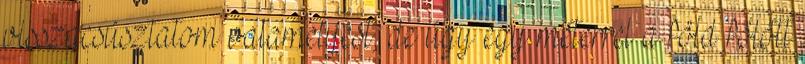
visszacsúsztatom valamelyest, de úgy egy méterrel a föld fölött